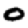
Digit: 0